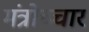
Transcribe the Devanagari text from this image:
मंत्रोच्‍चार